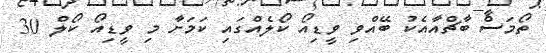
ތޯމަސް ބާޗްއާއެކު ބޭއްވި ވީޑިއޯ ކޯލެއްގައި ކަމަށާ މި ވީޑިއޯ ކޯލް 30